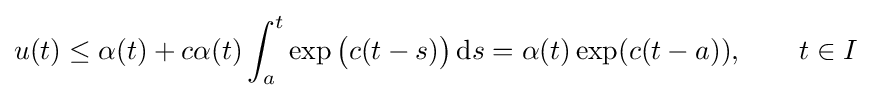
u(t)\leq \alpha (t)+c\alpha (t)\int _{a}^{t}\exp {\bigl (}c(t-s){\bigr )}\,\mathrm {d} s=\alpha (t)\exp(c(t-a)),\qquad t\in I